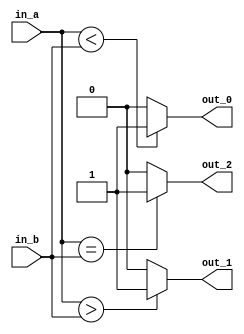
// ___________________________________________
// 4 Bit Comparators...........................
// ___________________________________________


module Bit4_Comparator(out_0,out_1,out_2,in_a,in_b);
  
  	parameter BIT=4;
  
  output reg out_0;
  output reg out_1;
  output reg out_2;
  
  input [BIT-1:0] in_a,in_b;
  
  always @(in_a, in_b)
    begin
      if(in_a<in_b)
        out_0<=1;
      else
        out_0<=0;
      
      if(in_a>in_b)
        out_1<=1;
      else
        out_1=0;
      
      if(in_a==in_b)
        out_2<=1;
      else
        out_2<=0;
    end
endmodule